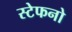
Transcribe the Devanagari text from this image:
स्टेफनो